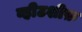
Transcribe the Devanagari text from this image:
व्हीटशीफ़